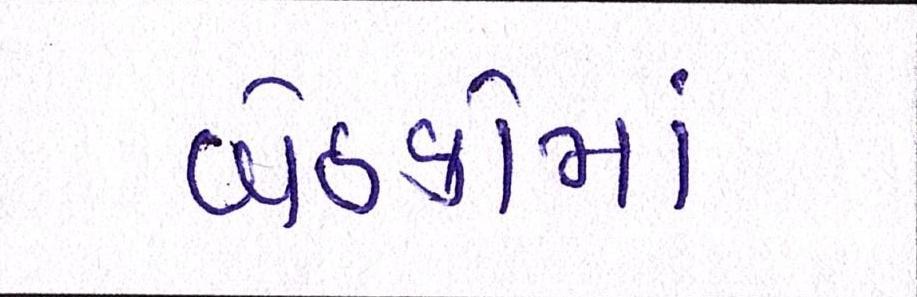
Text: બેઠકોમાં